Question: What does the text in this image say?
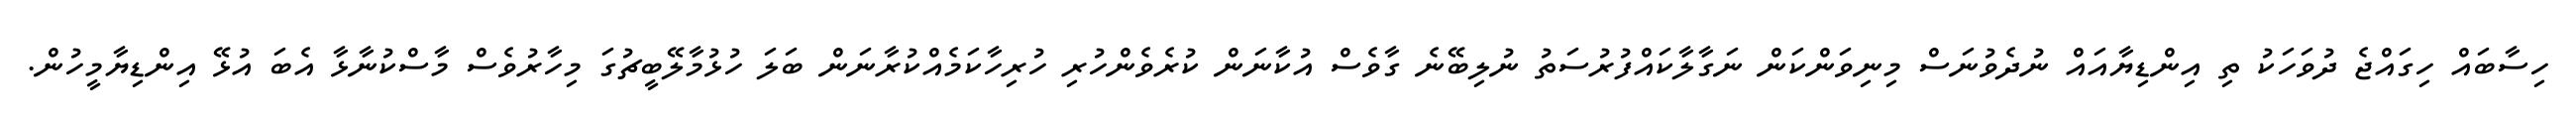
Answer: ހިސާބައް ހިގައްޖެ ދުވަހަކު ތި އިންޑިޔާއައް ނުދެވުނަސް މިނިވަންކަން ނަގާލާކައްފުރުސަތު ނުލިބޭނެ ގާވެސް އުކާނަން ކުރެވެންހުރި ހުރިހާކަމެއްކުރާނަން ބަލަ ހުޅުމާލޭބީޗުގަ މިހާރުވެސް މާސްކުނާޅާ އެބަ އުޅޭ އިންޑިޔާމީހުން.